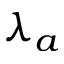
\lambda _ { a }